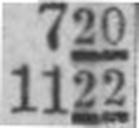
1122